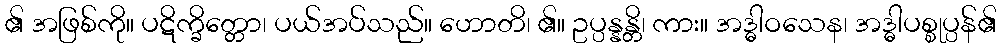
၏ အဖြစ်ကို။ ပဋိက္ခိတ္တော၊ ပယ်အပ်သည်။ ဟောတိ၊ ၏။ ဥပ္ပန္နန္တိ၊ ကား။ အဒ္ဓါဝသေန၊ အဒ္ဓါပစ္စုပ္ပန်၏